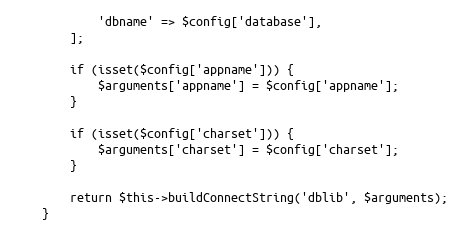
Language: PHP
            'dbname' => $config['database'],
        ];

        if (isset($config['appname'])) {
            $arguments['appname'] = $config['appname'];
        }

        if (isset($config['charset'])) {
            $arguments['charset'] = $config['charset'];
        }

        return $this->buildConnectString('dblib', $arguments);
    }